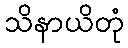
သိနာယိတုံ